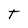
Character: T